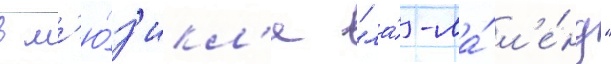
в м'ю́з'икл'е "ла́-ла́ л'е́нд"